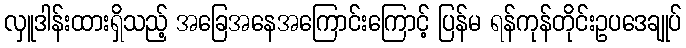
လှူဒါန်းထားရှိသည့် အခြေအနေအကြောင်းကြောင့် ပြန်မ ရန်ကုန်တိုင်းဥပဒေချုပ်